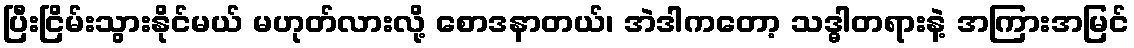
ပြီးငြိမ်းသွားနိုင်မယ် မဟုတ်လားလို့ စောဒနာတယ်၊ အဲဒါကတော့ သဒ္ဓါတရားနဲ့ အကြားအမြင်